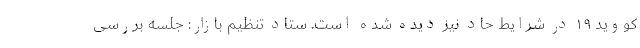
کووید ۱۹ در شرایط حاد نیز دیده شده است. ستاد تنظیم بازار: جلسه بررسی